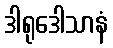
ဒါရုဒေါသာနံ